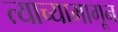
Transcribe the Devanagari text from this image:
त्याच्यामागून